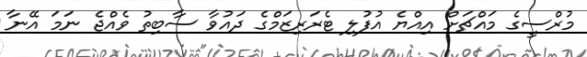
މުރްސީގެ މައްޗަށް އިއްޔެ އުފުލި ޓެރަރިޒަމްގެ ދައުވާ ސާބިތު ވެއްޖެ ނަމަ އޭނާ